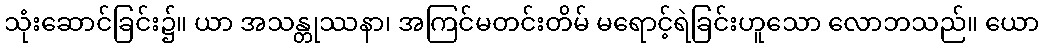
သုံးဆောင်ခြင်း၌။ ယာ အသန္တုဿနာ၊ အကြင်မတင်းတိမ် မရောင့်ရဲခြင်းဟူသော လောဘသည်။ ယော